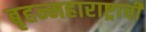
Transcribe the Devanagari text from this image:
बृहन्महाराष्ट्राची